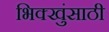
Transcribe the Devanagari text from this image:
भिक्खुंसाठी